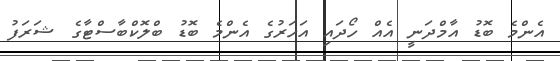
އެންމެ ބޮޑު އާމްދަނީ އެއް ހޯދައި އަހަރުގެ އެންމެ ބޮޑު ބްލޮކްބާސްޓާގެ ޝަރަފު